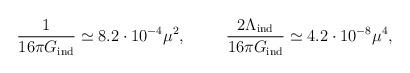
LaTeX: \begin{align*}{1 \over 16\pi G_{\mbox{\scriptsize ind}} }\simeq 8.2 \cdot 10^{-4} \mu^2,\hspace{1cm}{ 2 \Lambda_{\mbox{\scriptsize ind}}\over 16\pi G_{\mbox{\scriptsize ind}} }\simeq 4.2 \cdot 10^{-8} \mu^4,\end{align*}